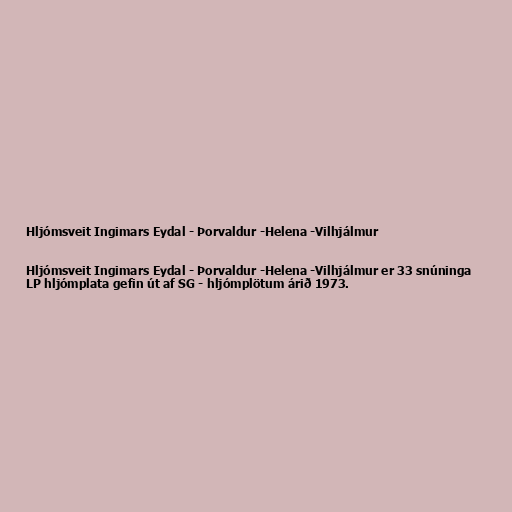
Hljómsveit Ingimars Eydal - Þorvaldur -Helena -Vilhjálmur

Hljómsveit Ingimars Eydal - Þorvaldur -Helena -Vilhjálmur er 33 snúninga
LP hljómplata gefin út af SG - hljómplötum árið 1973.